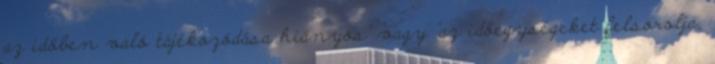
az időben való tájékozódása hiányos" vagy "az időegységeket felsorolja,